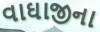
વાઘાજીના